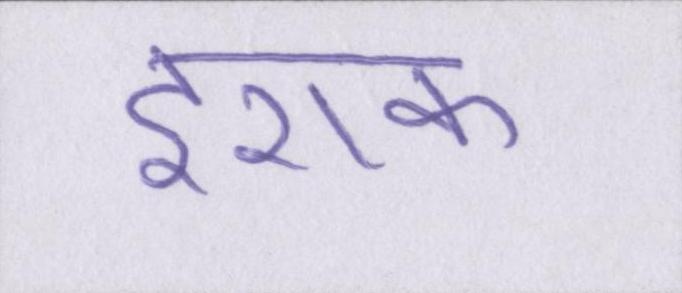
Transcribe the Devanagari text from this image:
इराक